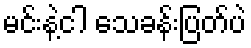
မင်းနဲ့ငါ သေခန်းပြတ်ပဲ